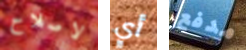
لاصلاح أي مدفع